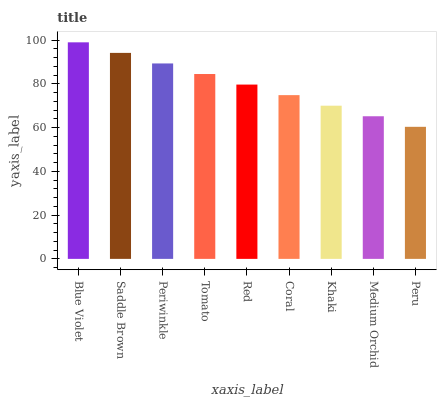
| xaxis_label | bars |
 | --- | --- |
 | Blue Violet | 99 |
 | Saddle Brown | 94.2 |
 | Periwinkle | 89.3 |
 | Tomato | 84.5 |
 | Red | 79.7 |
 | Coral | 74.9 |
 | Khaki | 70 |
 | Medium Orchid | 65.2 |
 | Peru | 60.4 |